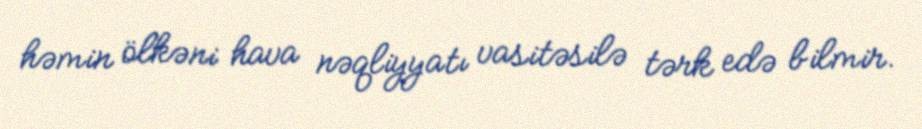
həmin ölkəni hava nəqliyyatı vasitəsilə tərk edə bilmir.